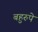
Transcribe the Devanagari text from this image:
बहुरुपे